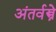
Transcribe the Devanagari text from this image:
अंतर्वस्त्रे